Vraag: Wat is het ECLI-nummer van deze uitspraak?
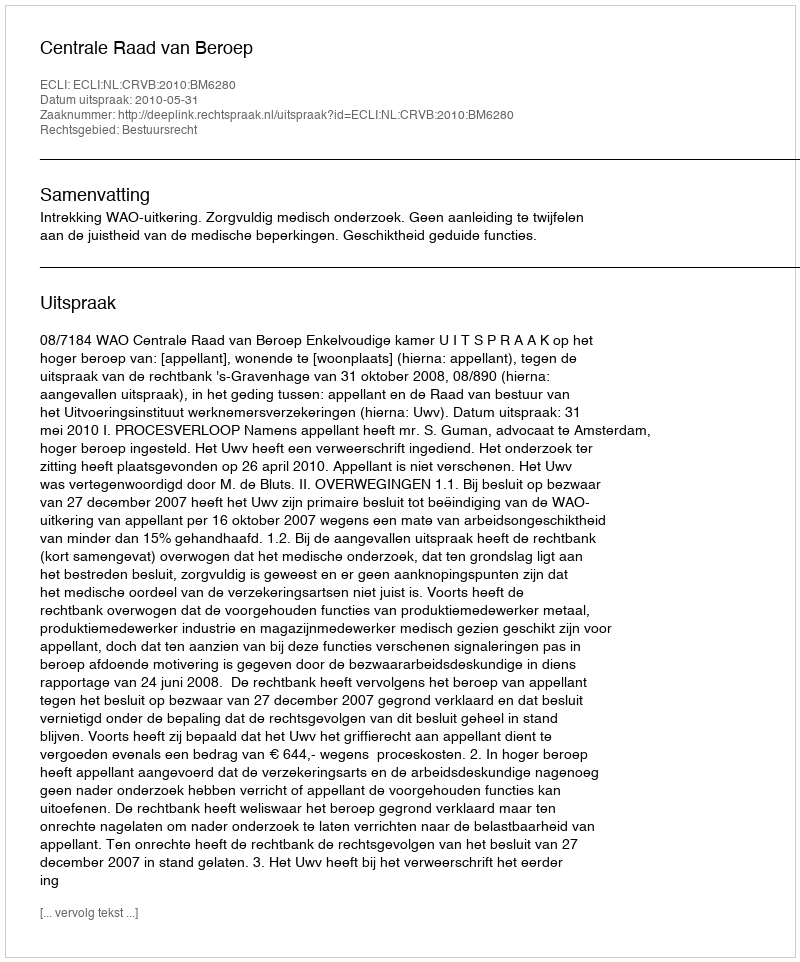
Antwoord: ECLI:NL:CRVB:2010:BM6280